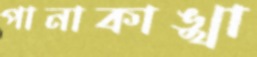
পানাকাঙ্খা